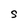
Character: S